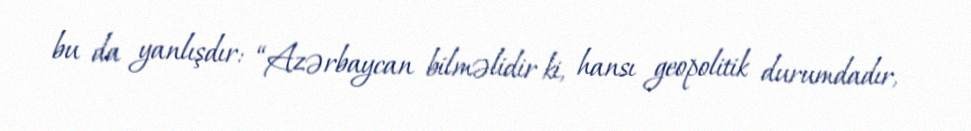
bu da yanlışdır: “Azərbaycan bilməlidir ki, hansı geopolitik durumdadır,